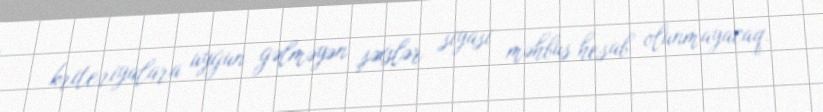
kriteriyalara uyğun gəlməyən şəxslər siyasi məhbus hesab olunmayacaq.